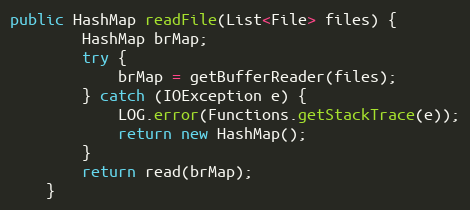
Language: Java
public HashMap readFile(List<File> files) {
        HashMap brMap;
        try {
            brMap = getBufferReader(files);
        } catch (IOException e) {
            LOG.error(Functions.getStackTrace(e));
            return new HashMap();
        }
        return read(brMap);
    }